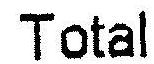
TOTAL